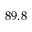
8 9 . 8